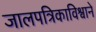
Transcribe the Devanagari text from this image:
जालपत्रिकाविश्वाने